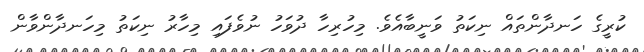
ކުރީގެ ހަނދާންތައް ނިކަތު ވަނީބާއެވެެ. މިހުރިހާ ދުވަހު ނުވެފައި މިހާރު ނިކަތު މިހަނދާންވާން